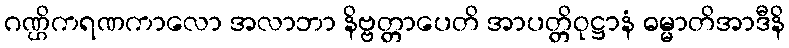
ဂဏ္ဌိကရဏကာလော အလာဘာ နိဗ္ဗတ္တာပေတိ အာပတ္တိဝုဋ္ဌာနံ ဓမ္မာတိအာဒီနိ